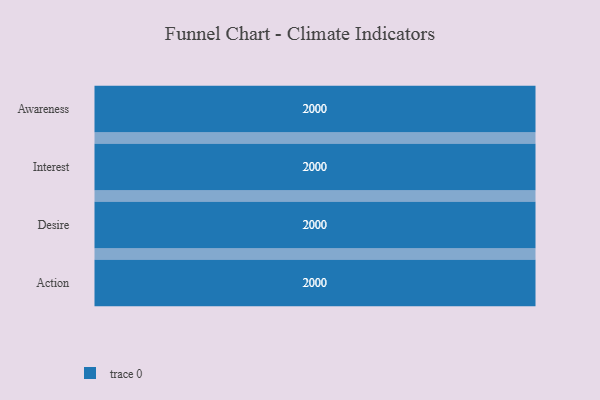
{"axis": {"x": "Stage", "y": "Value"}, "legend": [""], "data": [{"x": "Awareness", "y": 2000, "type": ""}, {"x": "Interest", "y": 2000, "type": ""}, {"x": "Desire", "y": 2000, "type": ""}, {"x": "Action", "y": 2000, "type": ""}]}